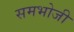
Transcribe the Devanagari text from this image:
समभोजी